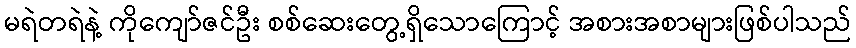
မရဲတရဲနဲ့ ကိုကျော်ဇင်ဦး စစ်ဆေးတွေ့ရှိသောကြောင့် အစားအစာများဖြစ်ပါသည်